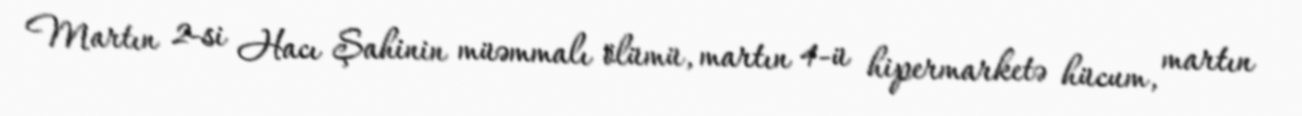
Martın 2-si Hacı Şahinin müəmmalı ölümü, martın 4-ü hipermarketə hücum, martın